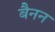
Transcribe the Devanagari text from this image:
बैनन